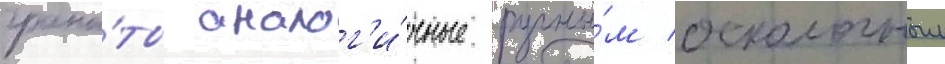
грана́ты аналог'и́чные ручны́м осколочным